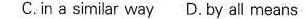
C.in a similar way D.by all means